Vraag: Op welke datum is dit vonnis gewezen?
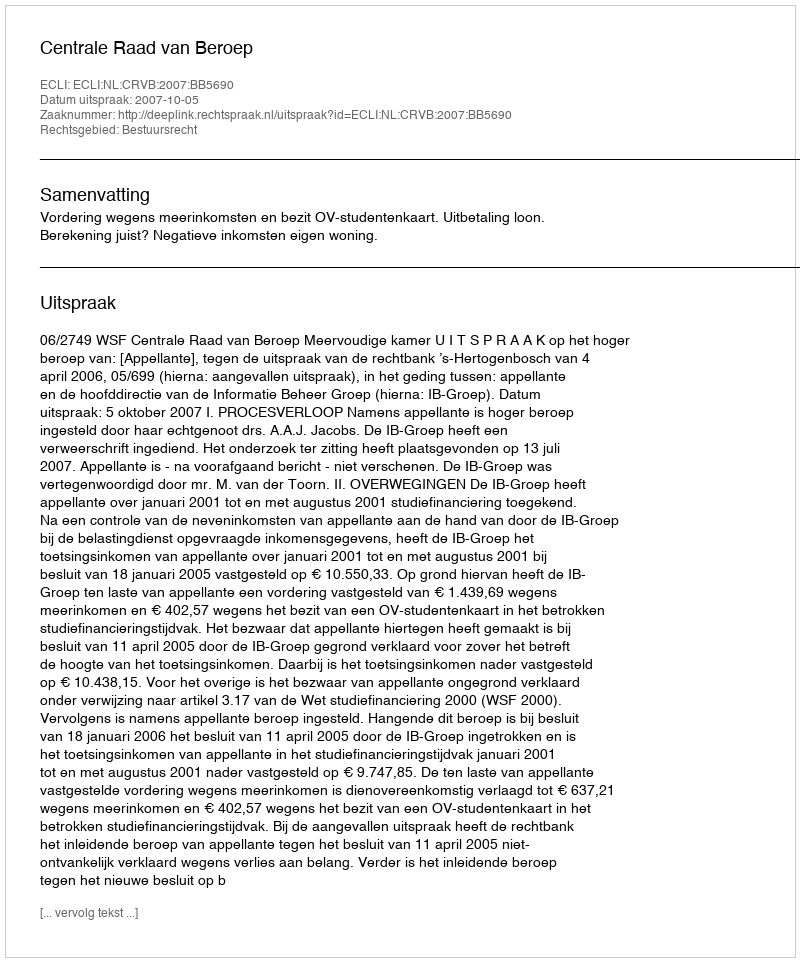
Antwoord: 2007-10-05